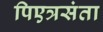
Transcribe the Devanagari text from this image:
पिएत्रसंता